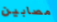
مصابين